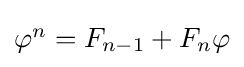
\textstyle \varphi ^{n}=F_{n-1}+F_{n}\varphi